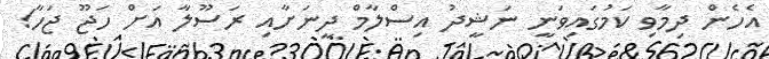
އެހެން ދިމާވި ކަމުގައިވަނީ ނަޝީދު އިސްލާމް ދީނަށާއި ރަސޫލާ އަށް ހަޖޫ ޖަހާ!